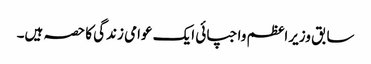
سابق وزیراعظم واجپائی ایک عوامی زندگی کا حصہ ہیں۔